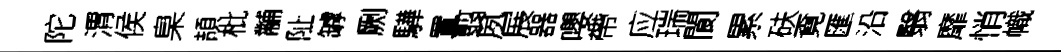
陀渭侯臬頡枇黼阯罅劂驊置翦夙展器嚶帶应瑞閬累砆覔匯沿翳靡悄幟